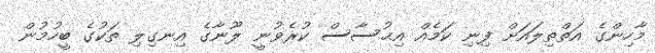
މާހިންގެ އަތްތިލައަށް ފިނި ކަމެއް އިޙުސާސް ކުރެވުނީ ލޫނާގެ އިނގިލި ތަކުގެ ބީހުމުން